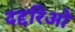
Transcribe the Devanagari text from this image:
दद्दरिओ